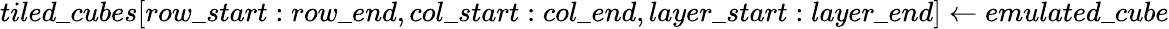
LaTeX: tiled\_ cubes[row\_ start:row\_ end,col\_ start:col\_ end,layer\_ start:layer\_ end]\gets emulated\_ cube